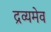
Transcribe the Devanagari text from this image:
द्रव्यमेव